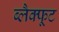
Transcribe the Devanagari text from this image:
ब्लैक्फूट